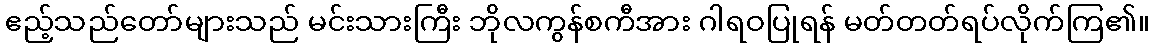
ဧည့်သည်တော်များသည် မင်းသားကြီး ဘိုလကွန်စကီအား ဂါရဝပြုရန် မတ်တတ်ရပ်လိုက်ကြ၏။